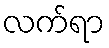
လက်ရာ